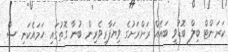
ކަރަންޓް ބިލް ބޮޑުވީ ބައެއް ރަށްރަށުގެ ވިޔަފާރިވެރިން ބުނާ ގޮތުގައި ހަމައެކަނި ސާ